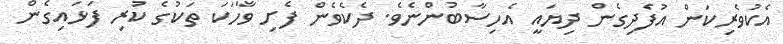
އެކުވެރިކަން އުފެދިގެން ދިޔައީ އެހިސާބުންނެވެ. ދެކެވެން ފެށި ވާހަކަ ތަކުގެ ކުރި ފަޅައިގެން